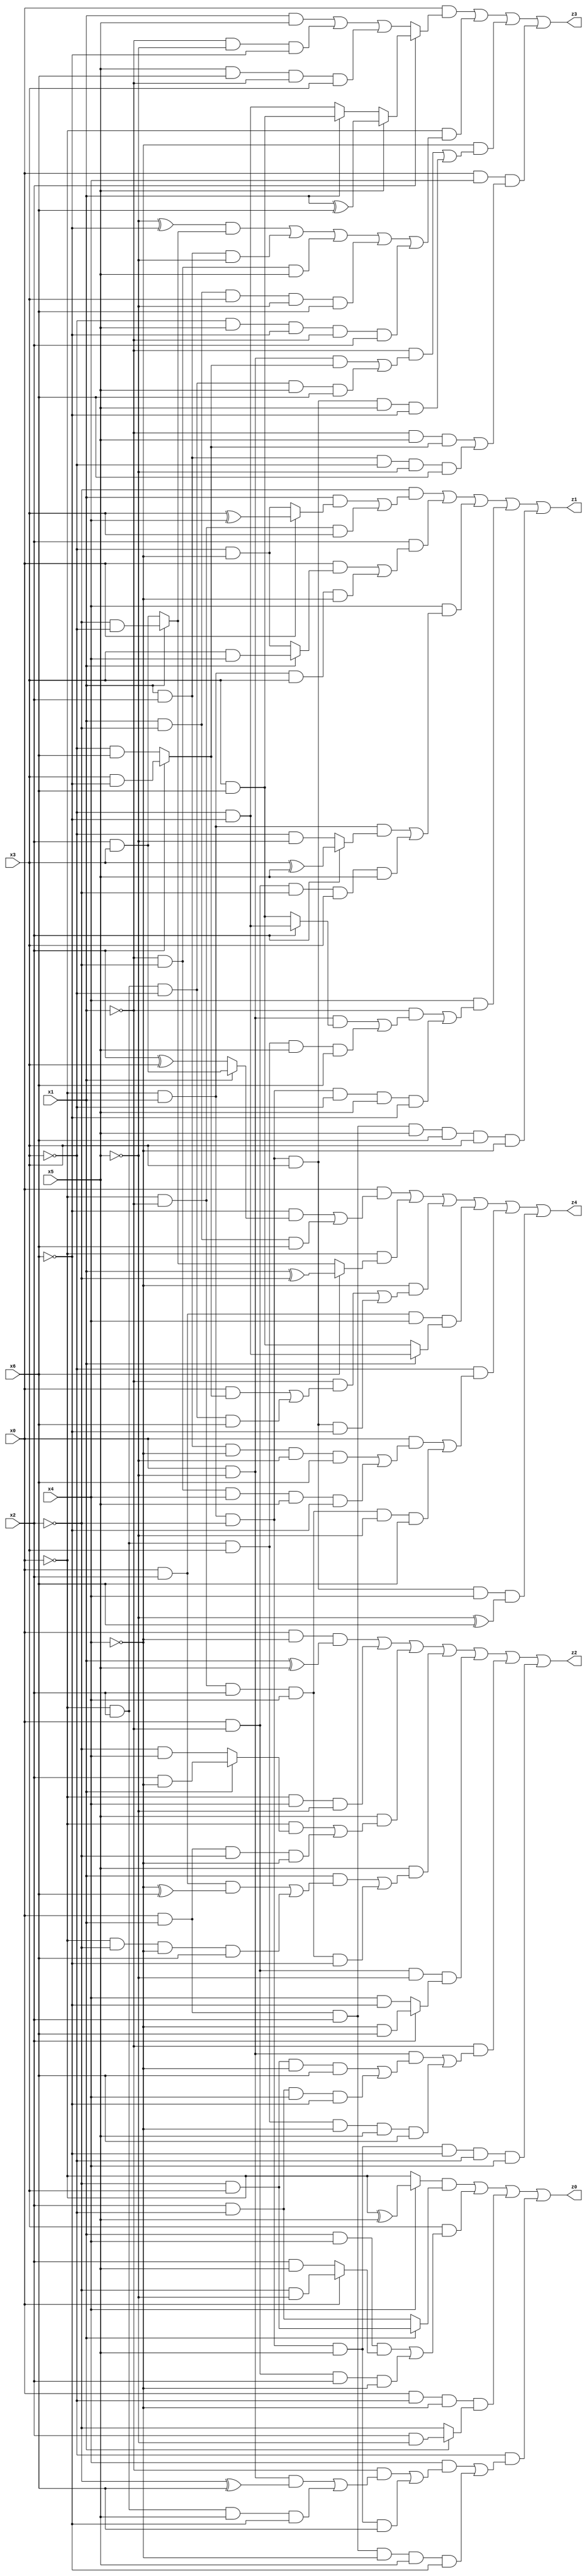
// Benchmark "res" written by ABC on Tue Jul 04 13:27:46 2023

module res ( 
    x0, x1, x2, x3, x4, x5, x6,
    z0, z1, z2, z3, z4  );
  input  x0, x1, x2, x3, x4, x5, x6;
  output z0, z1, z2, z3, z4;
  assign z0 = ((x4 ? (~x0 ^ x5) : ~x0) & (x1 ? (~x2 & x3) : (x2 & ~x3))) | (x3 & ((x1 & x4 & (x0 ? (~x2 & ~x5) : (x2 & x5))) | (x0 & ~x1 & x2 & ~x4))) | (x0 & ~x3 & ~x4 & (x1 ? (x2 & ~x5) : ~x2)) | (~x3 & ((x4 & ((~x1 & ((x0 & ~x5 & (~x2 ^ x6)) | (~x0 & x2 & x5 & ~x6))) | (~x0 & x1 & ~x2 & x5 & x6))) | (x0 & x1 & x2 & ~x4 & x5 & ~x6)));
  assign z1 = (~x2 & ((x1 & (x0 ? (x3 ^ x4) : (~x3 & ~x4))) | (~x0 & ~x1 & x3))) | (x2 & ((x0 & (x1 ? (x3 & x4) : (~x3 & ~x4))) | (~x0 & x1 & x3 & ~x4))) | (x4 & ((~x0 & x1 & (x2 ? (x3 ^ x5) : (~x3 & ~x5))) | (x0 & ~x1 & ~x2 & x3 & x5))) | (x4 & ((~x1 & ((x0 & ~x5 & (x2 ? (~x3 & ~x6) : (x3 & x6))) | (~x0 & x2 & x3 & x5 & x6))) | (~x0 & x1 & ~x2 & ~x3 & x5 & ~x6))) | (x0 & x1 & x2 & x5 & x6 & x3 & ~x4);
  assign z2 = (x0 & ~x4 & (x1 ^ x5)) | (~x0 & x4 & ~x5) | (x5 & ((~x0 & (x1 ? (x2 & ~x4) : (~x2 & x4))) | (x0 & x1 & ~x2 & ~x4))) | (x5 & ((x1 & ((x0 & x2 & (~x4 ^ x6)) | (~x0 & ~x2 & ~x4 & x6))) | (~x0 & ~x1 & x2 & x4 & ~x6))) | (x0 & ~x1 & ~x5 & (x2 ? (~x4 & x6) : (x4 & ~x6))) | (~x1 & ((x0 & ~x5 & ((~x2 & x3 & ~x4 & x6) | (x2 & ~x3 & x4 & ~x6))) | (~x0 & x2 & x3 & ~x4 & x5 & x6))) | (~x0 & x1 & ~x2 & x5 & ~x6 & ~x3 & x4);
  assign z3 = (x0 & (x2 ? (x5 ? (x1 ^ x6) : (x1 ? (x3 & x6) : (~x3 & ~x6))) : ((x1 & x5) | (~x1 & ~x5 & ~x6) | (x5 & x6 & ~x1 & x3)))) | (~x0 & (((~x5 ^ ~x6) & (x1 ? (~x2 & ~x3) : (x2 & x3))) | (x1 & x2 & ~x5) | (~x1 & ~x2 & x5) | (x1 & ~x2 & x3 & ~x5 & x6) | (~x3 & x5 & ~x6 & ~x1 & x2))) | (~x4 & ((~x1 & ((x0 & ~x5 & (x2 ? (x3 & ~x6) : (~x3 & x6))) | (~x0 & x2 & ~x3 & x5 & x6))) | (~x0 & x1 & ~x2 & x3 & x5 & ~x6))) | (x0 & x4 & ((~x1 & x5 & (x2 ? (x3 & ~x6) : (~x3 & x6))) | (x1 & x2 & ~x3 & ~x5 & x6)));
  assign z4 = (x0 & ((~x6 & (x1 ? (x2 & x3) : (x2 ^ x3))) | (x1 & ~x2 & x6))) | (~x0 & (x6 ? (x1 ^ ~x2) : (x1 ? (~x2 & ~x3) : (x2 & x3)))) | (~x4 & ((~x1 & ((x0 & (x2 ? (x3 & ~x6) : (~x3 & x6))) | (~x0 & x2 & ~x3 & x6))) | (~x0 & x1 & ~x2 & x3 & ~x6))) | (x0 & x2 & x4 & (x1 ? (~x3 & ~x6) : (x3 & x6))) | (~x3 & ((x0 & ((x1 & x2 & ~x4 & ~x5 & x6) | (~x1 & ~x2 & x4 & x5 & ~x6))) | (~x0 & ~x1 & x2 & x4 & ~x5 & x6))) | (~x0 & x1 & ~x2 & x3 & x4 & (~x5 ^ x6));
endmodule